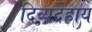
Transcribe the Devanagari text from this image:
दिव्यदेहाय